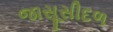
જાસૂસીદળ